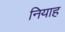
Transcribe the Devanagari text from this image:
नियाह